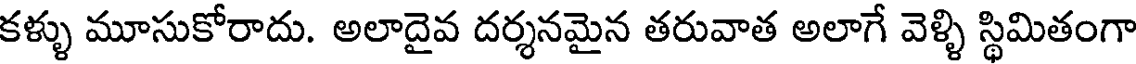
కళ్ళు మూసుకోరాదు. అలాదైవ దర్శనమైన తరువాత అలాగే వెళ్ళి స్థిమితంగా